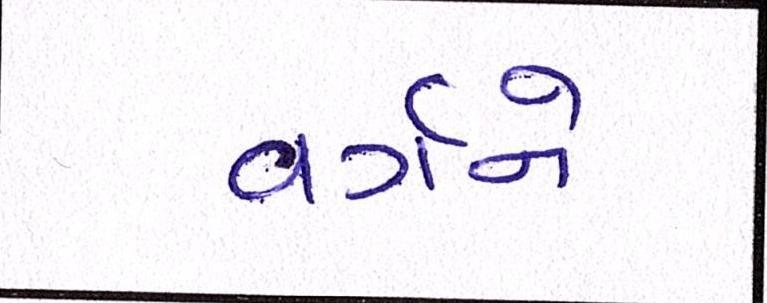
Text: વર્ગને